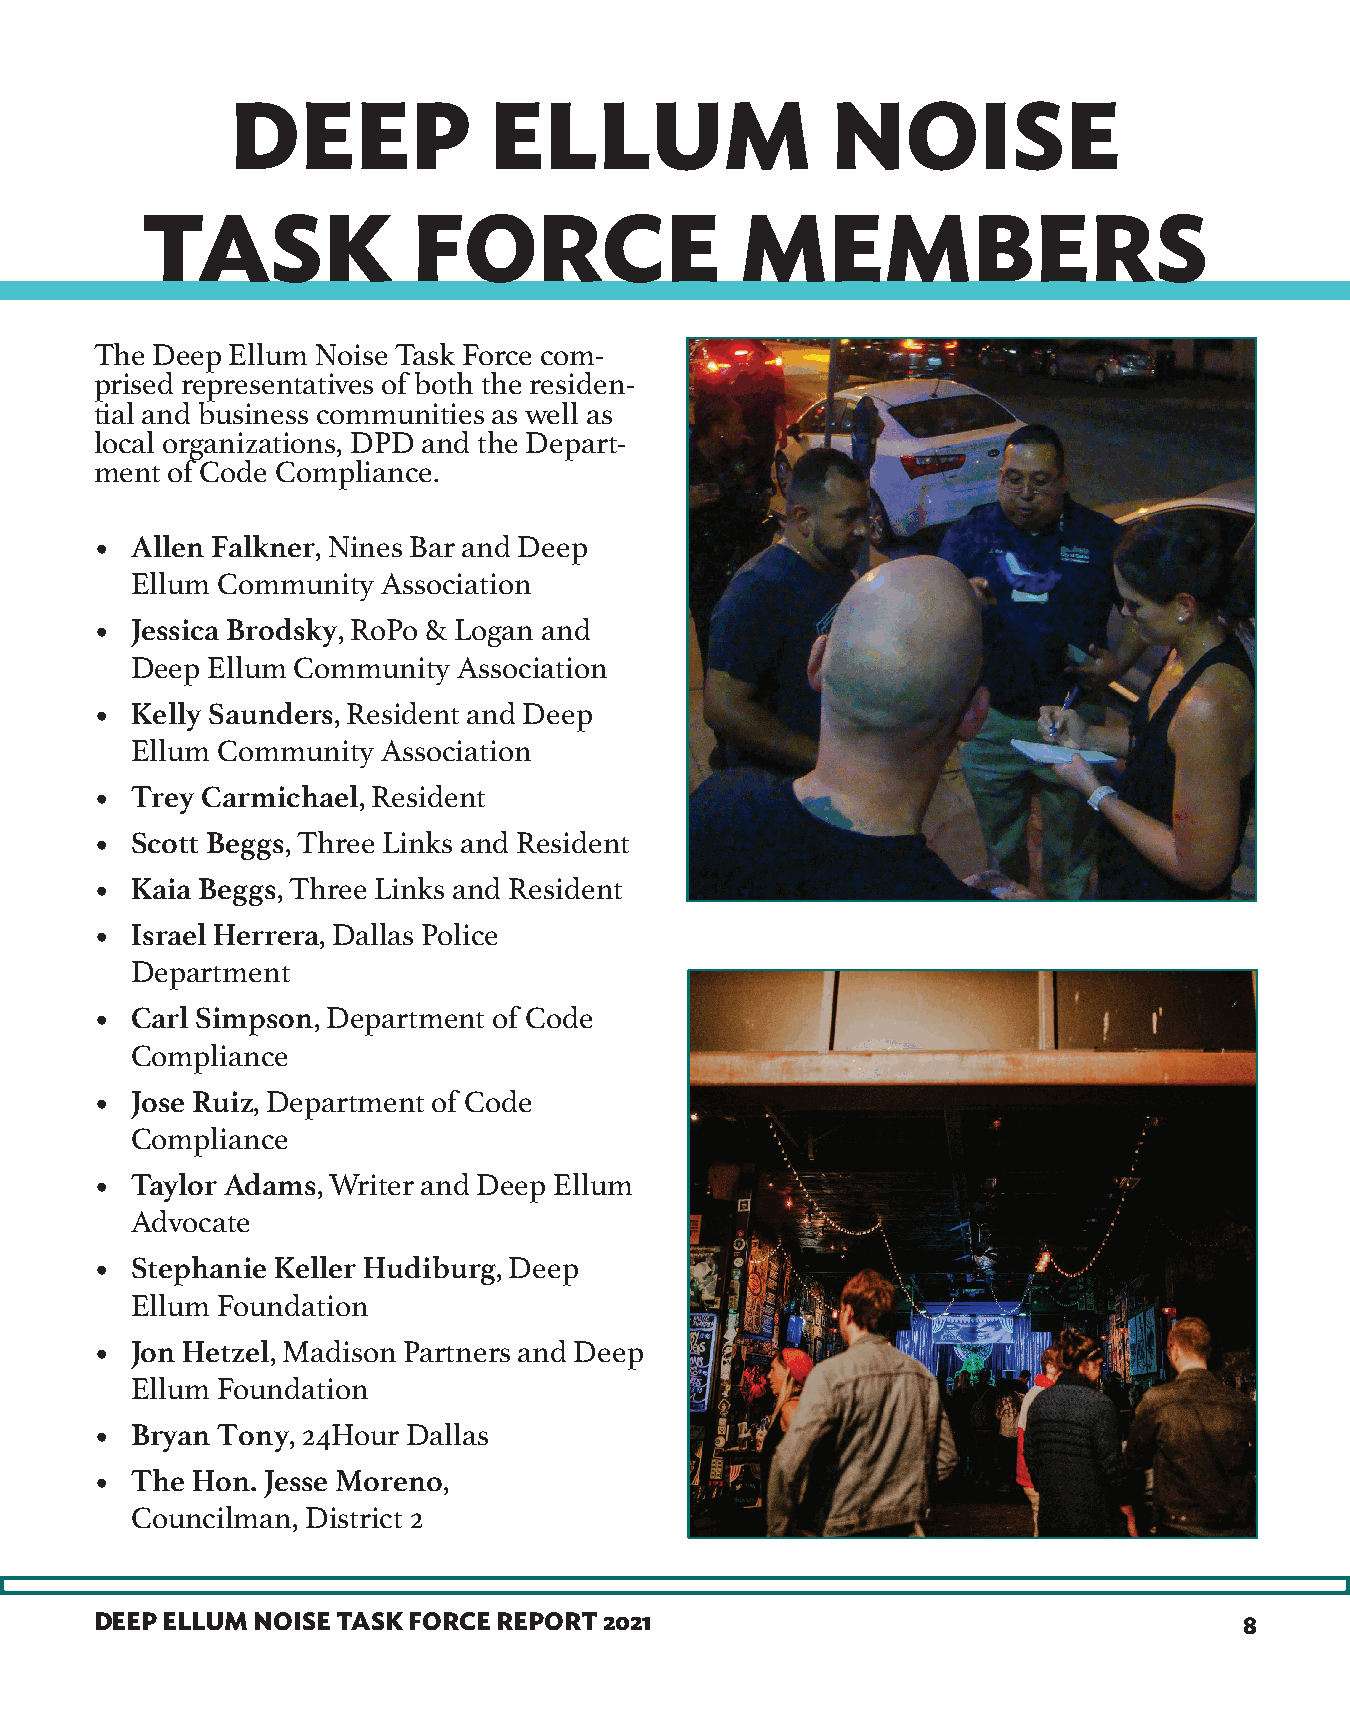
DEEP             ELLUM                  NOISE
 TASK              FORCE                 MEMBERS
 The Deep Ellum Noise Task Force com-
 prised representatives of both the residen-
 tial and business communities as well as
 local organizations, DPD and the Depart-
 ment of Code Compliance.
 •  Allen Falkner, Nines Bar and Deep
 Ellum Community Association
 •  Jessica Brodsky, RoPo & Logan and
 Deep Ellum Community Association
 •  Kelly Saunders, Resident and Deep
 Ellum Community Association
 •  Trey Carmichael, Resident
 •  Scott Beggs, Three Links and Resident
 •  Kaia Beggs, Three Links and Resident
 •  Israel Herrera, Dallas Police
 Department
 •  Carl Simpson, Department of Code
 Compliance
 •  Jose Ruiz, Department of Code
 Compliance
 •  Taylor Adams, Writer and Deep Ellum
 Advocate
 •  Stephanie Keller Hudiburg, Deep
 Ellum Foundation
 •  Jon Hetzel, Madison Partners and Deep
 Ellum Foundation
 •  Bryan Tony, 24Hour Dallas
 •  The Hon. Jesse Moreno,
 Councilman, District 2
 DEEP ELLUM NOISE TASK FORCE REPORT 2021                                     8